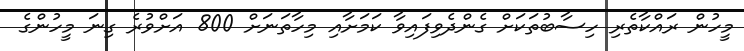
މީހުން ރައްކާތެރި ހިސާބުތަކަށް ގެންދެވިފައިވާ ކަމަށާއި މިހާތަނަށް 800 އަށްވުރެ ގިނަ މީހުންގެ